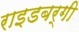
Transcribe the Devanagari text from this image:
राइडबर्गी